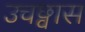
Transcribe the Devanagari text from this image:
उचछ्वास